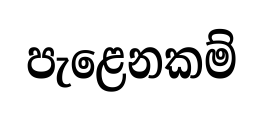
පැළෙනකම්